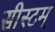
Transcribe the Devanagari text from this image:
सीस्टम्